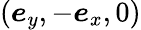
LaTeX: (\boldsymbol{e}_{y},-\boldsymbol{e}_{x},0)